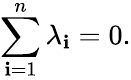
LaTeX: \sum_{\mathbf{i}=1}^{n}\lambda_{\mathbf{i}}=0.